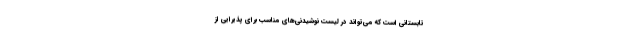
تابستانی است که می‌تواند در لیست نوشیدنی‌های مناسب برای پذیرایی از